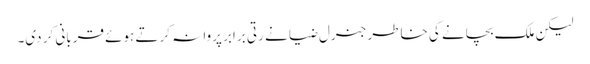
لیکن ملک بچانے کی خاطر جنرل ضیا نے رتی برابر پروا نہ کرتے ہوئے قربانی کر دی۔